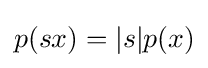
p(sx)=|s|p(x)